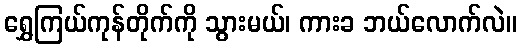
ရွှေကြယ်ကုန်တိုက်ကို သွားမယ်၊ ကားခ ဘယ်လောက်လဲ။